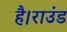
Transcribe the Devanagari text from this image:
है।राउंड